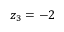
z _ { 3 } = - 2